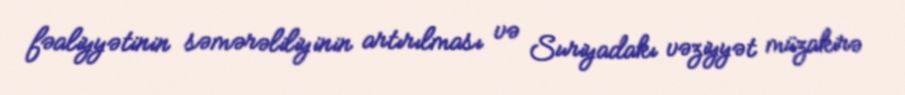
fəaliyyətinin səmərəliliyinin artırılması və Suriyadakı vəziyyət müzakirə